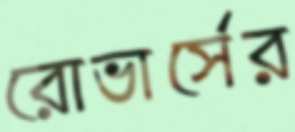
রোভার্সের